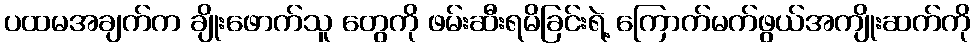
ပထမအချက်က ချိုးဖောက်သူ တွေကို ဖမ်းဆီးရမိခြင်းရဲ့ ကြောက်မက်ဖွယ်အကျိုးဆက်ကို